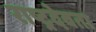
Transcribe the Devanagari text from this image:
राष्ट्रदेवता